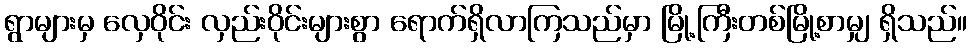
ရွာများမှ လှေဝိုင်း လှည်းဝိုင်းများစွာ ရောက်ရှိလာကြသည်မှာ မြို့ကြီးတစ်မြို့စာမျှ ရှိသည်။